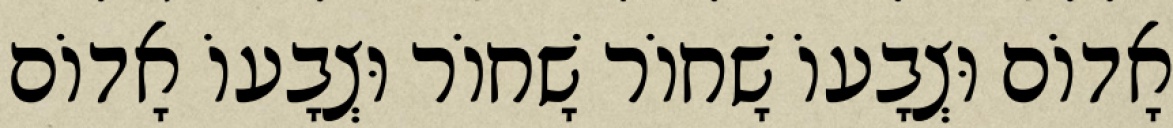
אָדוֹם וּצְבָעוֹ שָׁחוֹר שָׁחוֹר וּצְבָעוֹ אָדוֹם